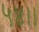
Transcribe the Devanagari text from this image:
५४।।